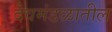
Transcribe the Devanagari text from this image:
देवमंडळातील